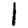
Digit: 1